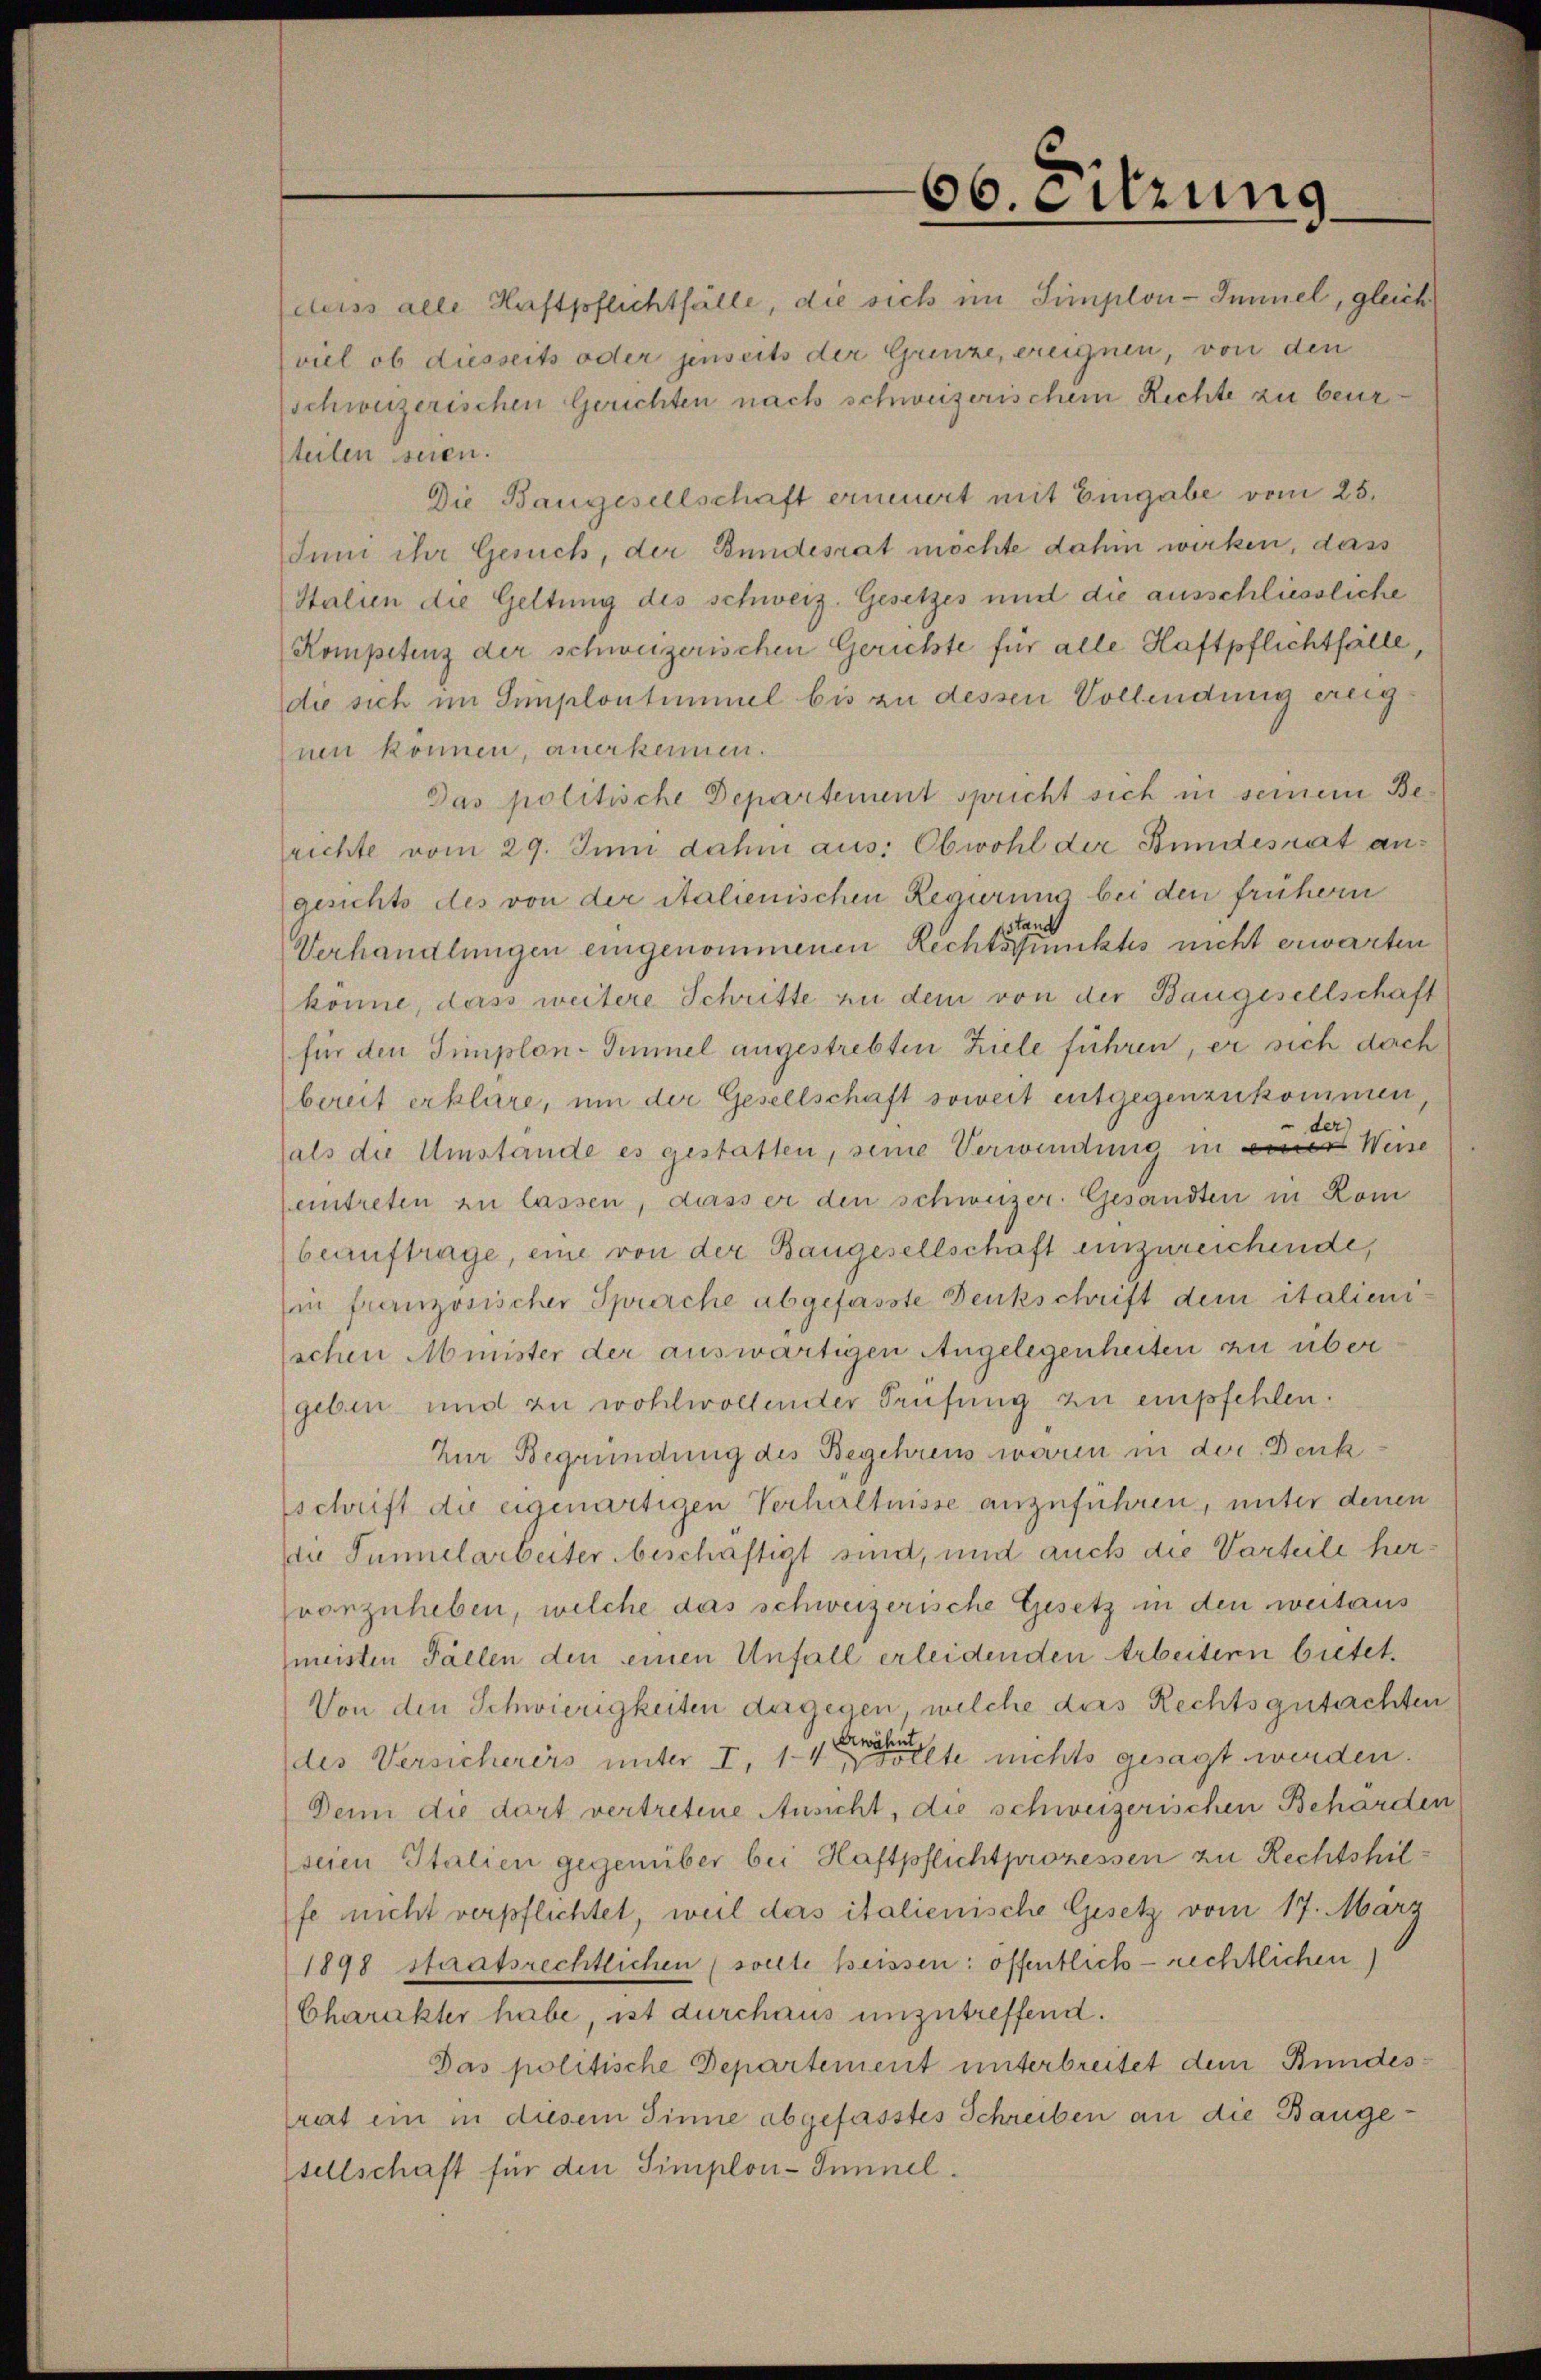
66. Sitzung

deiss alle Haftpflichtfälle, die sich im Simplon-Immel, gleich
viel ob diesseits oder jenseits der Grenze, ereignen, von den
schweizerischen Gerichten nach schweizerischem Rechte zu beursteilen seien.
Die Baugesellschaft erneuert mit Eingabe vom 25.
Juni ihr Gesuch, der Bundesrat möchte dahin wirken, dass
Stalien die Geltung des schweiz. Gesetzes und die ausschliessliche
Kompetenz der schweizerischen Gerichte für alle Haftpflichtfälle,
die sich im Implontimmel bis zu dessen Vollendung ereig
nen können, anerkennen.
Das politische Departement spricht sich in seinem Berichte vom 29. Juni dahin aus: Obwohl der Bundesrat angesichts des von der italienischen Regierum bei den frühern
stand
Verhandlungen eingenommenen Rechtspunktes nicht erwarten
könne, dass weitere Schritte zu dem von der Baugesellschaft
für den Simplon-Simmel angestrebten Ziele führen, er sich dach
bereit erkläre, um der Gesellschaft soweit entgegenzukommen,
als die Umstände es gestatten, seine Verwendung in einer Weise
eintreten zu lassen, dass er den schweizer. Gesandten in Kom
beauftrage, eine von der Baugesellschaft einzureichende,
in französischer Sprache abgefasste Denkschrift dem italienischen Minister der auswärtigen Angelegenheiten zu über
geben und zu wohlwollender Prüfung zu empfehlen.
Zur Begründung des Begehrens waren in der Denk
schrift die eigenartigen Verhältnisse anzuführen, unter denen
die Tunnelarbeiter beschäftigt sind, und auch die Varteile hervorzuheben, welche das schweizerische Gesetz in den weitaus
meisten Fällen den einen Unfall erleidenden Arbeitern bietet.
Von den Schwierigkeiten dagegen welche das Rechtsgutachten
des Versicherers unter I, 11 des nichts gesagt werden.
Denn die dort vertretene Ansicht, die schweizerischen Beharden
(seien Italien gegenüber bei Haftpflichtprozessen zu Rechtshilfe nicht verpflichtet, weil das italienische Gesetz vom 17. März
1898 staatsrechtlichen sollte heissen: öffentlich - rechtlichen
Charakter habe, ist durchaus unzutreffend.
Das politische Departement unterbreitet dem Bundesrat ein in diesem Sinne abgefasstes Schreiben an die Bangesellschaft für den Simplon-Innnel.